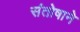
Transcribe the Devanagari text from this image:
संतोषाने